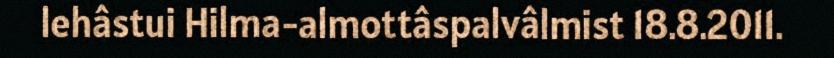
lehâstui Hilma-almottâspalvâlmist 18.8.2011.